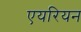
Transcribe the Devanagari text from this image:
एयरियन